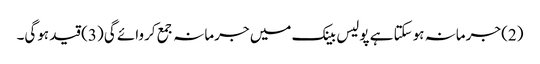
(2) جرمانہ ہوسکتا ہے پولیس بینک میں جرمانہ جمع کروائے گی (3) قید ہوگی۔